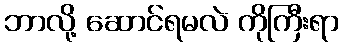
ဘာလို့ ဆောင်ရမလဲ ကိုကြီးရာ